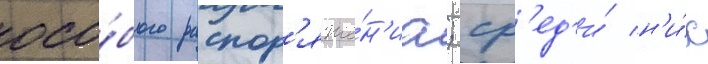
осо́бого распор'яже́н'иа; ср'ед'и́ н'и́х